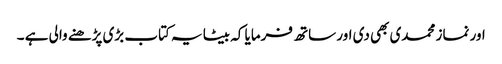
اور نماز محمدی بھی دی اور ساتھ فرمایا کہ بیٹا یہ کتاب بڑی پڑھنے والی ہے ۔